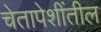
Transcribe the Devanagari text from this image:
चेतापेशींतील